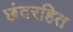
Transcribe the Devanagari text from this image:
छंदरहित